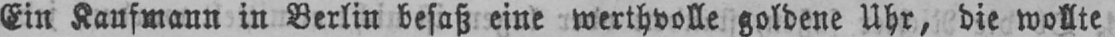
Ein Kaufmann in Berlin besaß eine werthvolle goldene Uhr, die wollte